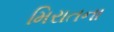
મિરાતના